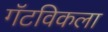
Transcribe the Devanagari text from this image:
गॅटविकला